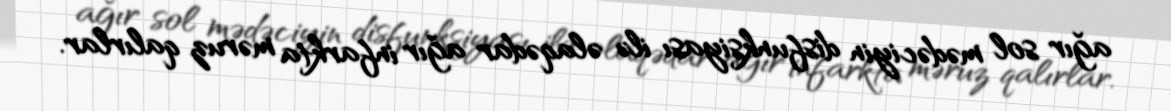
ağır sol mədəciyin disfunksiyası ilə əlaqədar ağır infarkta məruz qalırlar.